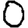
Digit: 0